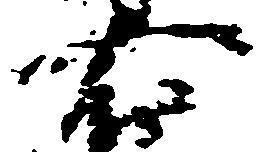
右